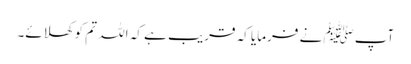
آپﷺ نے فرمایا کہ قریب ہے کہ اللہ تم کو کھلائے۔